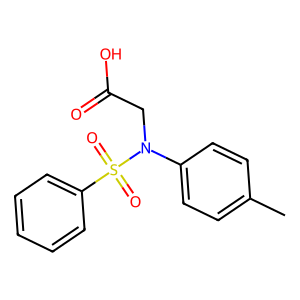
SMILES: Cc1ccc(N(CC(=O)O)S(=O)(=O)c2ccccc2)cc1
Inhibits HIV replication: No